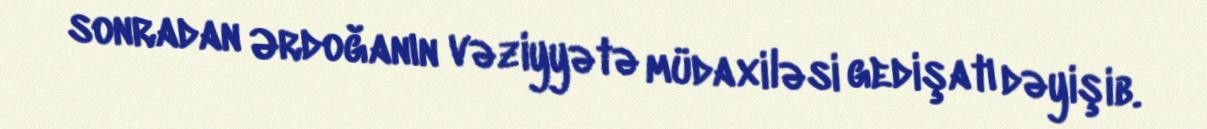
sonradan Ərdoğanın vəziyyətə müdaxiləsi gedişatı dəyişib.